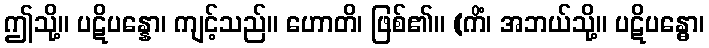
ဤသို့။ ပဋိပန္နော၊ ကျင့်သည်။ ဟောတိ၊ ဖြစ်၏။ (ကိံ၊ အဘယ်သို့။ ပဋိပန္ဓော၊